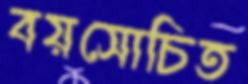
বয়সোচিত